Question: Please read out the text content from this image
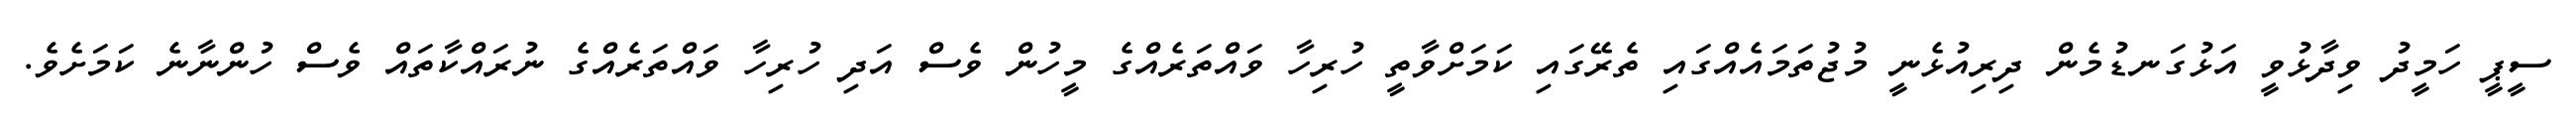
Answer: ސީޕީ ހަމީދު ވިދާޅުވީ އަޅުގަނޑުމެން ދިރިއުޅެނީ މުޖުތަމައެއްގައި ތެރޭގައި ކަމަށްވާތީ ހުރިހާ ވައްތަރެއްގެ މީހުން ވެސް އަދި ހުރިހާ ވައްތަރެއްގެ ނުރައްކާތައް ވެސް ހުންނާނެ ކަމަށެވެ.